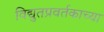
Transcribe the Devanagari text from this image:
विद्युतप्रवर्तकाच्या